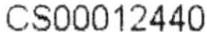
CS00012440